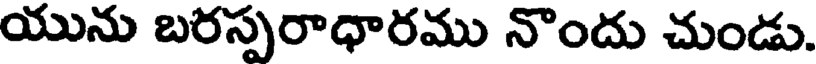
యును బరస్పరాధారము నొందు చుండు.